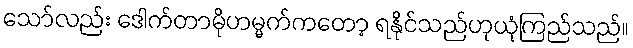
သော်လည်း ဒေါက်တာမိုဟမ္မက်ကတော့ ရနိုင်သည်ဟုယုံကြည်သည်။